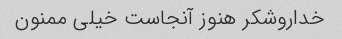
خداروشکر هنوز آنجاست خیلی ممنون